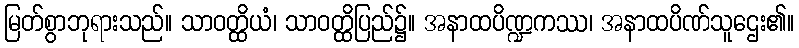
မြတ်စွာဘုရားသည်။ သာဝတ္ထိယံ၊ သာဝတ္ထိပြည်၌။ အနာထပိဏ္ဍကဿ၊ အနာထပိဏ်သူဌေး၏။